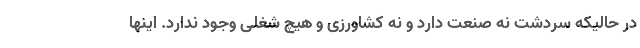
در حالیکه سردشت نه صنعت دارد و نه کشاورزی و هیچ شغلی وجود ندارد. اینها